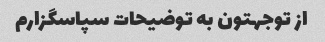
از توجهتون به توضیحات سپاسگزارم